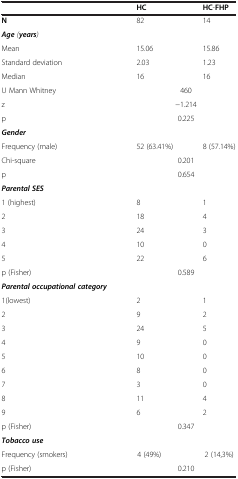
|  | HC | HC-FHP |
 | --- | --- | --- |
 | N | 82 | 14 |
 | Age(years) |  |  |
 | Mean | 15.06 | 15.86 |
 | Standard deviation | 2.03 | 1.23 |
 | Median | 16 | 16 |
 | U Mann Whitney | 460 |  |
 | z | −1.214 |  |
 | p | 0.225 |  |
 | Gender |  |  |
 | Frequency (male) | 52 (63.41%) | 8 (57.14%) |
 | Chi-square | 0.201 |  |
 | p | 0.654 |  |
 | Parental SES |  |  |
 | 1 (highest) | 8 | 1 |
 | 2 | 18 | 4 |
 | 3 | 24 | 3 |
 | 4 | 10 | 0 |
 | 5 | 22 | 6 |
 | p (Fisher) | 0.589 |  |
 | Parental occupational category | <COLSPAN=2>  |
 | 1(lowest) | 2 | 1 |
 | 2 | 9 | 2 |
 | 3 | 24 | 5 |
 | 4 | 9 | 0 |
 | 5 | 10 | 0 |
 | 6 | 8 | 0 |
 | 7 | 3 | 0 |
 | 8 | 11 | 4 |
 | 9 | 6 | 2 |
 | p (Fisher) | 0.347 |  |
 | Tobacco use |  |  |
 | Frequency (smokers) | 4 (49%) | 2 (14,3%) |
 | p (Fisher) | 0.210 |  |